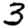
Digit: 3